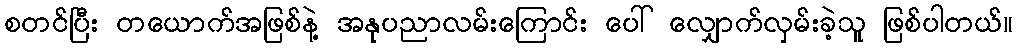
စတင်ပြီး တယောက်အဖြစ်နဲ့ အနုပညာလမ်းကြောင်း ပေါ် လျှောက်လှမ်းခဲ့သူ ဖြစ်ပါတယ်။